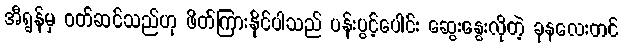
အီရွန်မှ ဝတ်ဆင်သည်ဟု ဖိတ်ကြားနိုင်ပါသည် ပန်းပွင့်ပေါင်း ဆွေးနွေးလိုတဲ့ ခုနလေးတင်